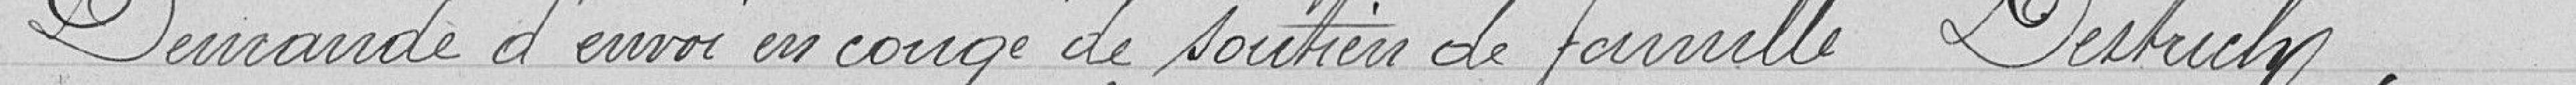
Demande d'envoi en congé de soutien de famille Dietrich